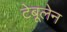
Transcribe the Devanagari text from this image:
टेबूलेन